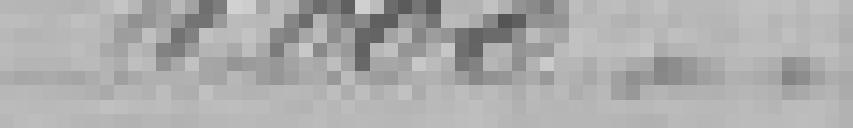
4.000